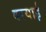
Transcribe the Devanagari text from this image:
दरयाई